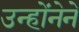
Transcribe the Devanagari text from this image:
उन्होंनेने